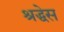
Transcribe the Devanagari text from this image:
श्रद्धेस